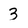
Character: 3